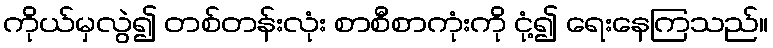
ကိုယ်မှလွဲ၍ တစ်တန်းလုံး စာစီစာကုံးကို ငုံ့၍ ရေးနေကြသည်။